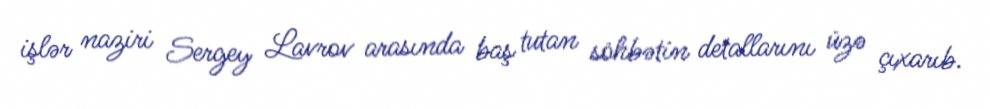
işlər naziri Sergey Lavrov arasında baş tutan söhbətin detallarını üzə çıxarıb.